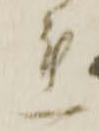
連